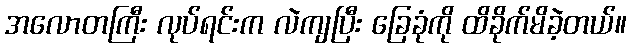
အလောတကြီး လုပ်ရင်းက လဲကျပြီး ခြေခုံကို ထိခိုက်မိခဲ့တယ်။